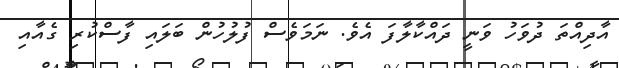
އާދިއްތަ ދުވަހު ވަނީ ދައްކާލާފަ އެވެ. ނަމަވެސް ފުލުހުން ބަލައި ފާސްކުރި ގެއާއި